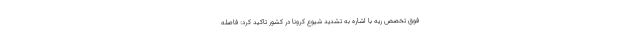
فوق تخصص ریه با اشاره به تشدید شیوع کرونا در کشور تاکید کرد: فاصله